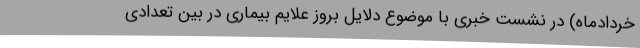
خردادماه) در نشست خبری با موضوع دلایل بروز علایم بیماری در بین تعدادی